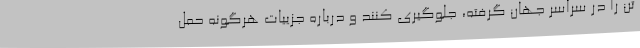
تن را در سراسر جهان گرفته، جلوگیری کنند و درباره جزییات هرگونه حمل